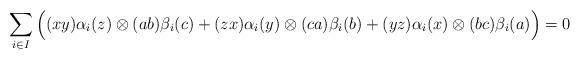
LaTeX: \begin{align*}\sum_{i\in I} \Big( (xy)\alpha_i(z) \otimes (ab)\beta_i(c)+ (zx)\alpha_i(y) \otimes (ca)\beta_i(b) + (yz)\alpha_i(x) \otimes (bc)\beta_i(a)\Big) = 0\end{align*}